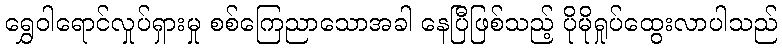
ရွှေဝါရောင်လှုပ်ရှားမှု စစ်ကြေညာသောအခါ နေပြီဖြစ်သည့် ပိုမိုရှုပ်ထွေးလာပါသည်